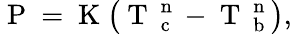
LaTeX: \mathrm{~P~}=\mathrm{~K~}\big(\mathrm{~T~}_{\mathrm{~c~}}^{\mathrm{~n~}}-\mathrm{~T~}_{\mathrm{~b~}}^{\mathrm{~n~}}\big),